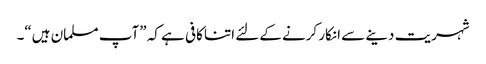
شہریت دینے سے انکار کرنے کےلئے اتنا کافی ہے کہ ”آپ مسلمان ہیں“۔